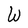
Character: W